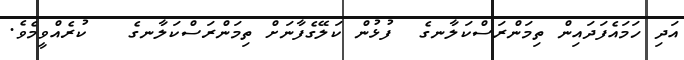
އަދި ހަމައެފަދައިން ތިމަންރަސްކަލާނގެ  ފުޅުން ކަލޭގެފާނަށް ތިމަންރަސްކަލާނގެ   ކުރެއްވީމެވެ.